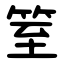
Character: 䇪